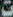
٥